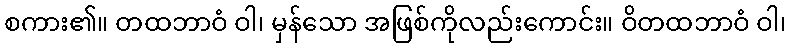
စကား၏။ တထဘာဝံ ဝါ၊ မှန်သော အဖြစ်ကိုလည်းကောင်း။ ဝိတထဘာဝံ ဝါ၊